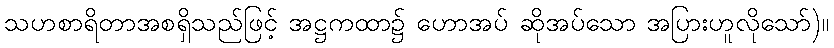
သဟစာရိတာအစရှိသည်ဖြင့် အဋ္ဌကထာ၌ ဟောအပ် ဆိုအပ်သော အပြားဟူလိုသော်)။